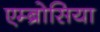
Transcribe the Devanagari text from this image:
एम्ब्रोसिया